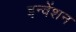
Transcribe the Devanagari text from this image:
इन्वेंशन